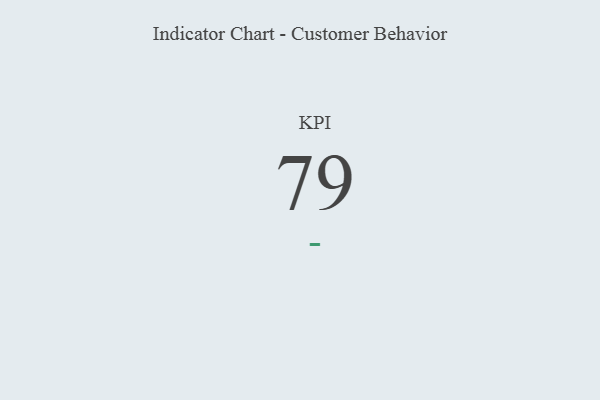
{"axis": {"x": "KPI", "y": "Value"}, "legend": [""], "data": [{"x": "KPI", "y": 79, "type": ""}]}